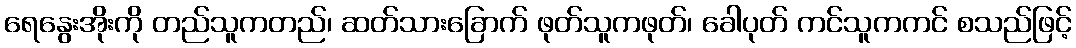
ရေနွေးအိုးကို တည်သူကတည်၊ ဆတ်သားခြောက် ဖုတ်သူကဖုတ်၊ ခေါပုတ် ကင်သူကကင် စသည်ဖြင့်